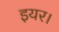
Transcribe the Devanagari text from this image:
इयर।